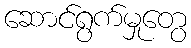
ဆောင်ရွက်မှုတွေ